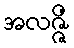
အလဇ္ဇိံ